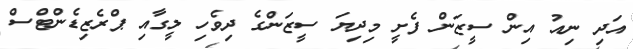
އަދި ނިއު އިން ސީޒަން ފެށީ މިދިޔަ ސީޒަންގެ ދިވެހި ލީގާއި ޕްރެޒިޑެންޓްސް